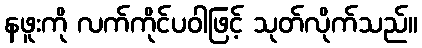
နဖူးကို လက်ကိုင်ပဝါဖြင့် သုတ်လိုက်သည်။